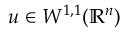
u \in W ^ { 1 , 1 } ( \mathbb { R } ^ { n } )